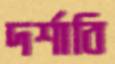
দর্শাবি